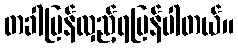
တခါပြန်လှည့်ရပြန်ပါတယ်။